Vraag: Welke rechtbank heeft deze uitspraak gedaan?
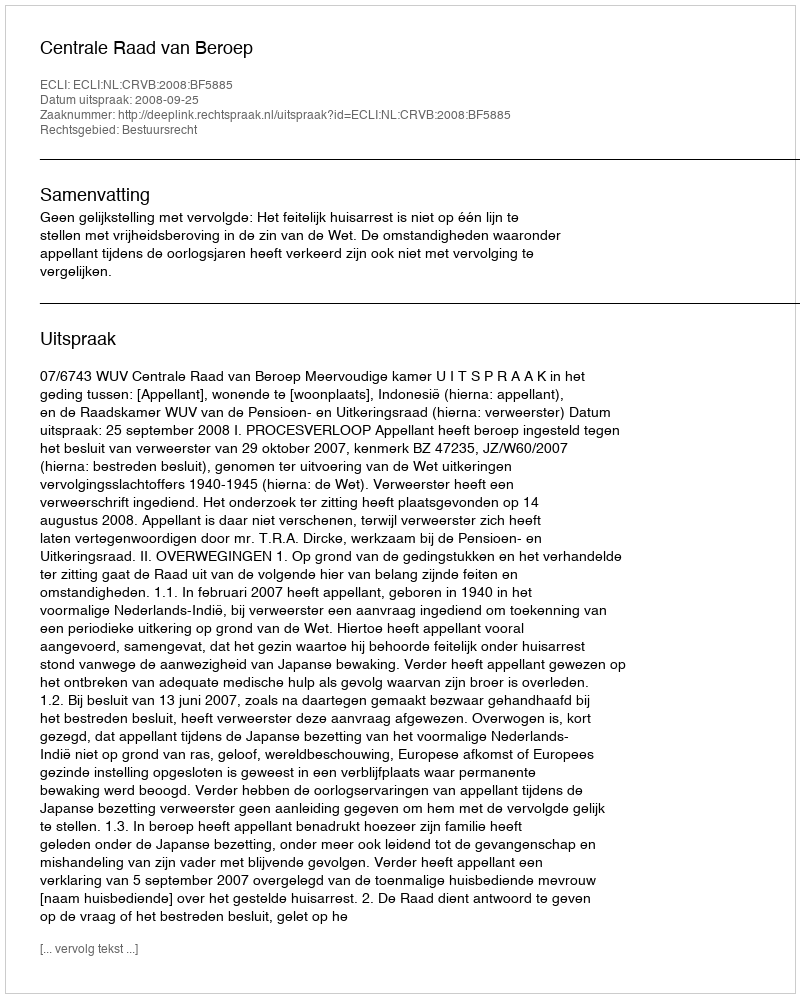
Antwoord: Centrale Raad van Beroep